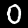
Label: 0